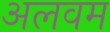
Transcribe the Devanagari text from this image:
अलवम